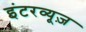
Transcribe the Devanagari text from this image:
इंटरव्यूज़